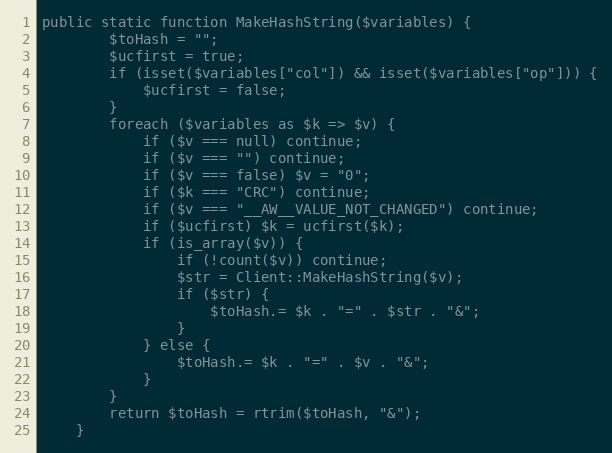
Language: PHP
public static function MakeHashString($variables) {
        $toHash = "";
        $ucfirst = true;
        if (isset($variables["col"]) && isset($variables["op"])) {
            $ucfirst = false;
        }
        foreach ($variables as $k => $v) {
            if ($v === null) continue;
            if ($v === "") continue;
            if ($v === false) $v = "0";
            if ($k === "CRC") continue;
            if ($v === "__AW__VALUE_NOT_CHANGED") continue;
            if ($ucfirst) $k = ucfirst($k);
            if (is_array($v)) {
                if (!count($v)) continue;
                $str = Client::MakeHashString($v);
                if ($str) {
                    $toHash.= $k . "=" . $str . "&";
                }
            } else {
                $toHash.= $k . "=" . $v . "&";
            }
        }
        return $toHash = rtrim($toHash, "&");
    }